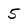
Character: 5